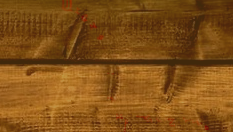
مركز تجاري السلام: وجهتك